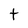
Character: t